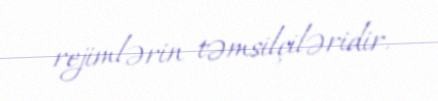
rejimlərin təmsilçiləridir.